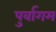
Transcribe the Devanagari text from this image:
पुर्वागम